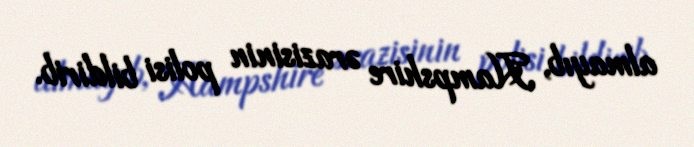
almayıb, Hampshire ərazisinin polisi bildirib.